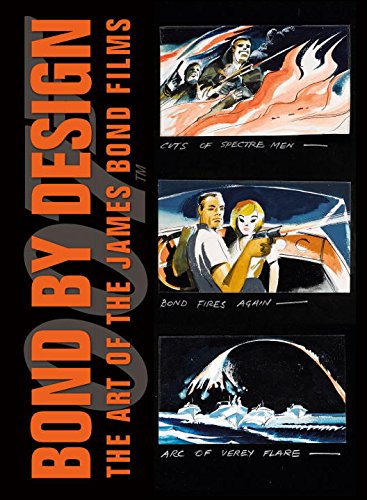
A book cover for Bond by Design: The Art of the James Bond Films; DK; Humor & Entertainment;